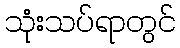
သုံးသပ်ရာတွင်